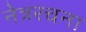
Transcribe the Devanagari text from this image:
नेत्ररचना